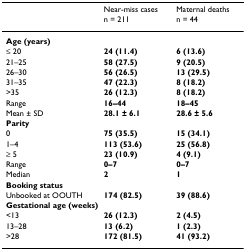
|  | Near-miss cases | Maternal deaths |
 |  | n = 211 | n = 44 |
 | --- | --- | --- |
 | <COLSPAN=3> Age (years) |
 | ≤ 20 | 24 (11.4) | 6 (13.6) |
 | 21–25 | 58 (27.5) | 9 (20.5) |
 | 26–30 | 56 (26.5) | 13 (29.5) |
 | 31–35 | 47 (22.3) | 8 (18.2) |
 | >35 | 26 (12.3) | 8 (18.2) |
 | Range | 16–44 | 18–45 |
 | Mean ± SD | 28.1 ± 6.1 | 28.6 ± 5.6 |
 | <COLSPAN=3> Parity |
 | 0 | 75 (35.5) | 15 (34.1) |
 | 1–4 | 113 (53.6) | 25 (56.8) |
 | ≥ 5 | 23 (10.9) | 4 (9.1) |
 | Range | 0–7 | 0–7 |
 | Median | 2 | 1 |
 | <COLSPAN=3> Booking status |
 | Unbooked at OOUTH | 174 (82.5) | 39 (88.6) |
 | <COLSPAN=3> Gestational age (weeks) |
 | <13 | 26 (12.3) | 2 (4.5) |
 | 13–28 | 13 (6.2) | 1 (2.3) |
 | >28 | 172 (81.5) | 41 (93.2) |